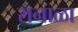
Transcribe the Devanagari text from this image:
रानाळा